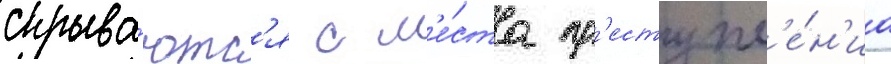
скрыва́ютс'я с м'е́ста пр'еступл'е́н'иа